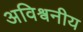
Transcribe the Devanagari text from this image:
अविश्वनीय